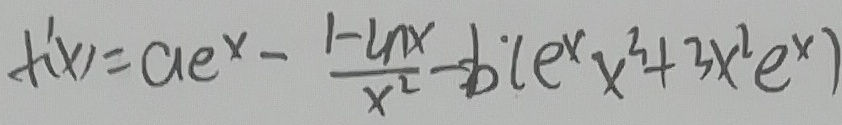
f ^ { \prime } ( x ) = a e ^ { x } - \frac { 1 - \ln x } { x ^ { 2 } } - b ( e ^ { x } x ^ { 3 } + 3 x ^ { 2 } e ^ { x } )